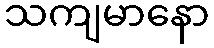
သကျမာနော